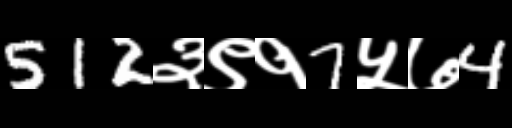
Text: 512३९१7५७4